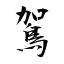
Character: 鴐